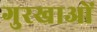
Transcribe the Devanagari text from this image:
गुरखाओं